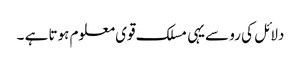
دلائل کی رو سےیہی مسلک قوی معلوم ہوتا ہے ۔